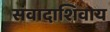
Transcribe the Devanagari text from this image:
संवादाशिवाय